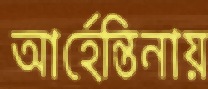
আর্হেন্তিনায়